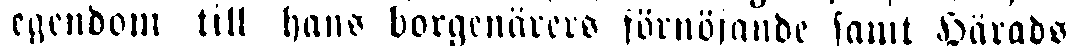
egendom till hans borgenärers förnöjande samt Härads